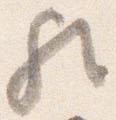
歟